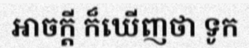
អាចក្តី ក៏ឃើញថា ទូក